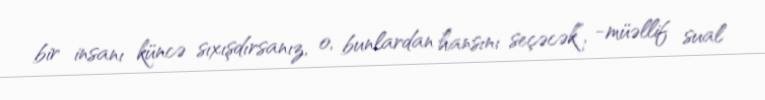
bir insanı küncə sıxışdırsanız, o, bunlardan hansını seçəcək”, -müəllif sual